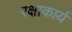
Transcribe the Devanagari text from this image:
रक्षाकार्य